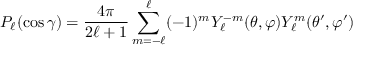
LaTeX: P _ { \ell } ( \cos \gamma ) = { \frac { 4 \pi } { 2 \ell + 1 } } \sum _ { m = - \ell } ^ { \ell } ( - 1 ) ^ { m } Y _ { \ell } ^ { - m } ( \theta , \varphi ) Y _ { \ell } ^ { m } ( \theta ^ { \prime } , \varphi ^ { \prime } )